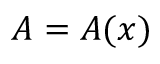
A = A ( x )